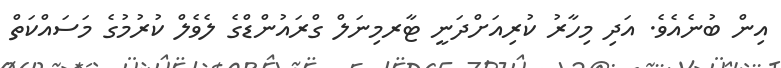
އިން ބުނެއެވެ. އަދި މިހާރު ކުރިއަށްދަނީ ޓާރމިނަލް ގްރައުންޑްގެ ލެވެލް ކުރުމުގެ މަސައްކަތް